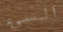
السىء